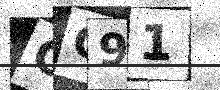
Text: GQ91